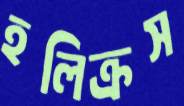
হলিক্রস